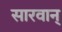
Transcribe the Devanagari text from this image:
सारवान्‌